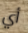
أي